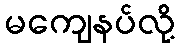
မကျေနပ်လို့